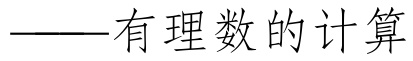
——有理数的计算